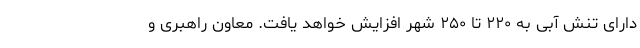
دارای تنش آبی به ۲۲۰ تا ۲۵۰ شهر افزایش خواهد یافت. معاون راهبری و